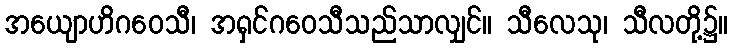
အယျောဟိဂဝေသီ၊ အရှင်ဂဝေသီသည်သာလျှင်။ သီလေသု၊ သီလတို့၌။